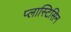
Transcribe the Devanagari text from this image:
प्लास्टिसिन